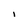
Character: I